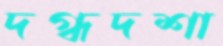
দগ্ধদশা